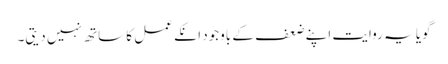
گویا یہ روایت اپنے ضعف کے باوجود انکے عمل کا ساتھ نہیں دیتی۔